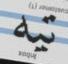
تيه